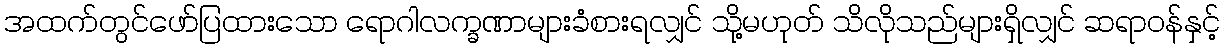
အထက်တွင်ဖော်ပြထားသော ရောဂါလက္ခဏာများခံစားရလျှင် သို့မဟုတ် သိလိုသည်များရှိလျှင် ဆရာဝန်နှင့်